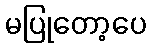
မပြုတော့ပေ